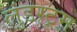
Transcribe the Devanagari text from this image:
लुंडस्ट्रम